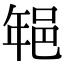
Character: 𨚽